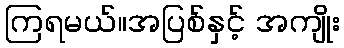
ကြရမယ်။အပြစ်နှင့် အကျိုး